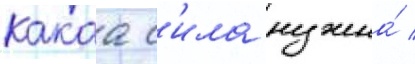
какаа с'ила нужна́ /